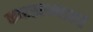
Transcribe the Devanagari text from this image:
कारखान्याकडे